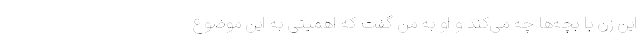
این زن با بچه‌ها چه می‌کند و او به من گفت که اهمیتی به این موضوع